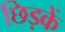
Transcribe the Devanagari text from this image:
छिड़कें